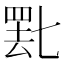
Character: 𬙞